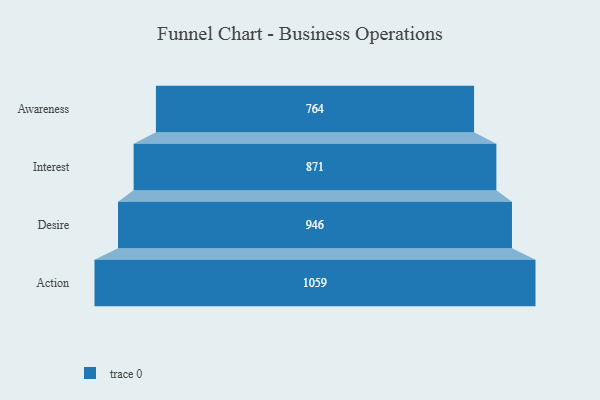
{"axis": {"x": "Stage", "y": "Value"}, "legend": [""], "data": [{"x": "Awareness", "y": 764.0, "type": ""}, {"x": "Interest", "y": 871.0, "type": ""}, {"x": "Desire", "y": 946.0, "type": ""}, {"x": "Action", "y": 1059.0, "type": ""}]}